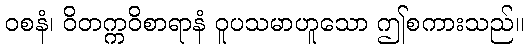
ဝစနံ၊ ဝိတက္ကဝိစာရာနံ ဝူပသမာဟူသော ဤစကားသည်။